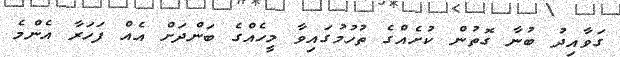
ގަވާއިދު ބުނާ ގޮތުން ކުށެއްގެ ތުހުމުގައިވާ މީހެއްގެ ބަންދަށް އެއް ފަހަރާ އެންމެ